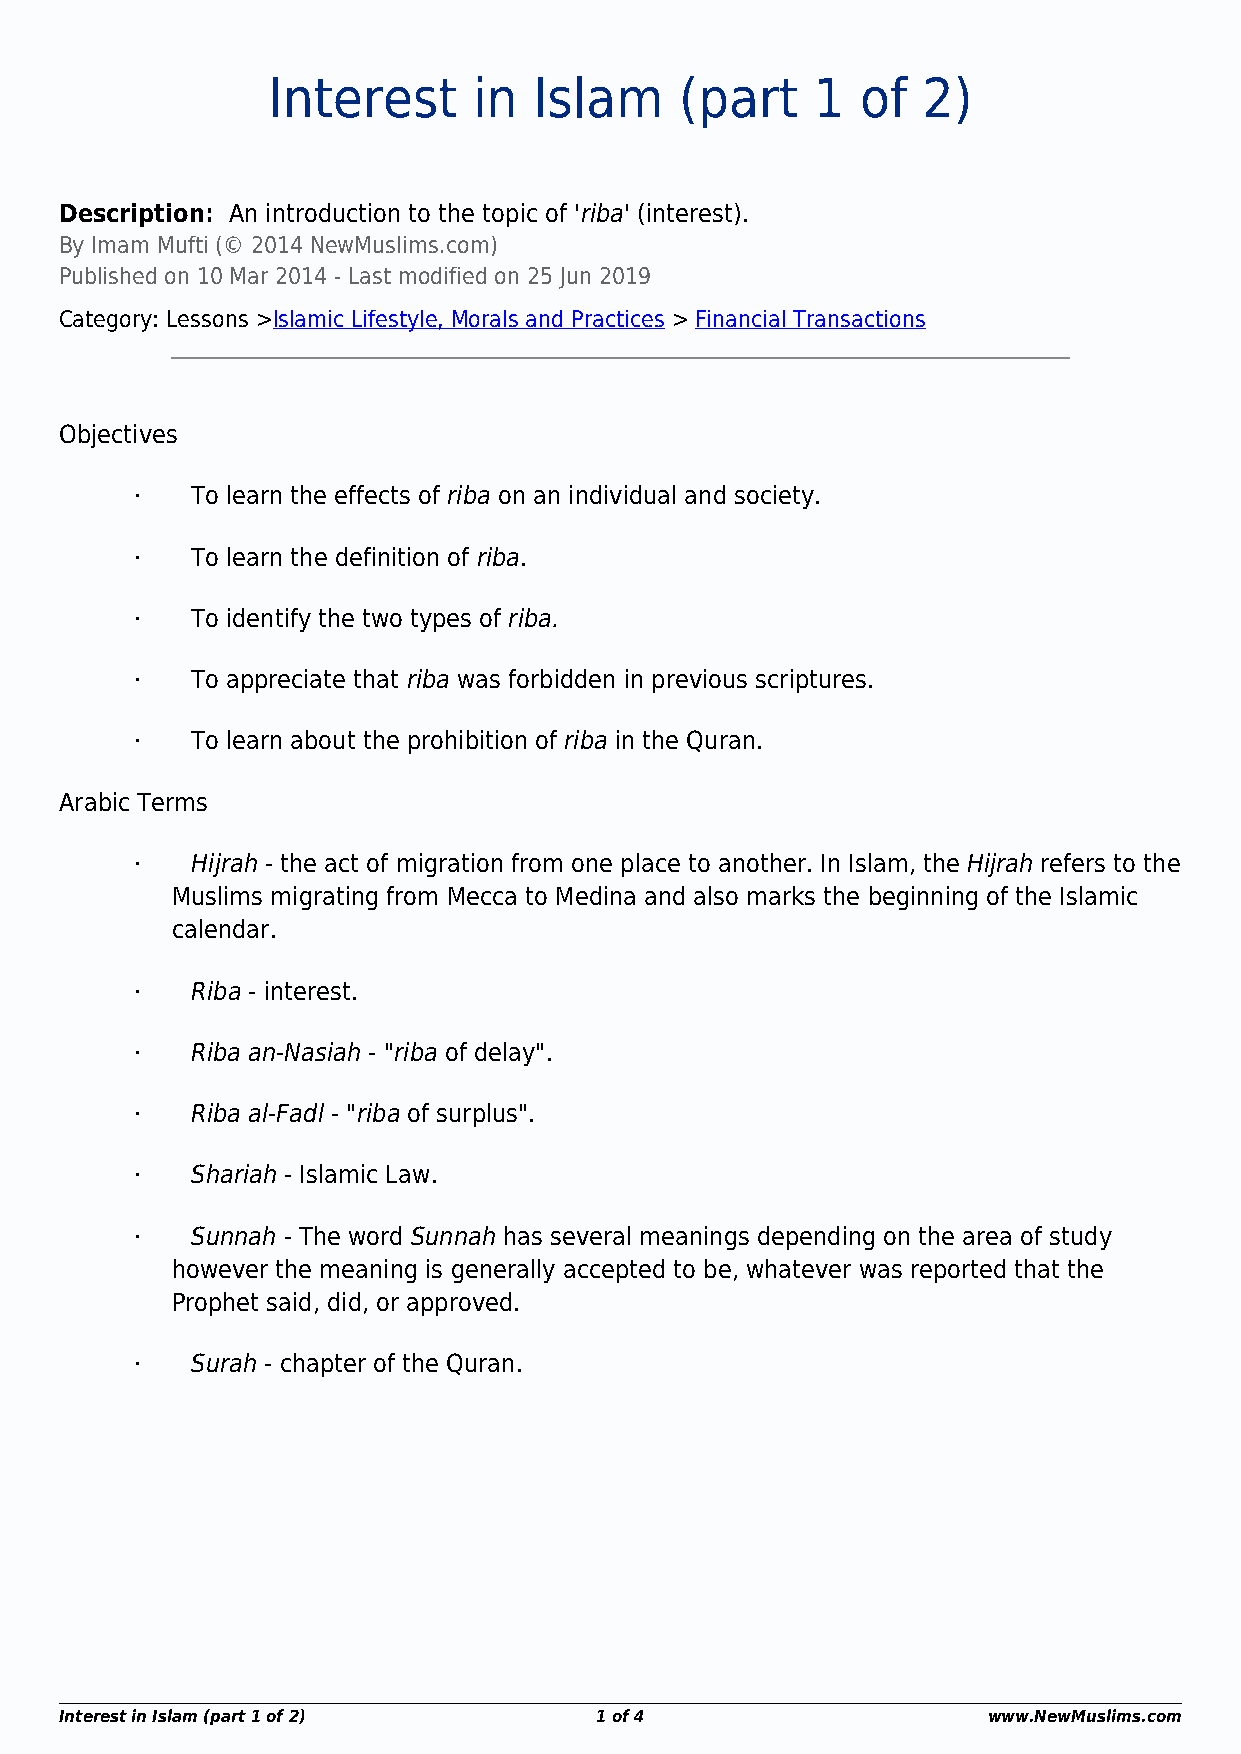
Interest     in  Islam     (part    1  of  2)
 Description: An introduction to the topic of 'riba' (interest).
 By Imam Mufti (© 2014 NewMuslims.com)
 Published on 10 Mar 2014 - Last modified on 25 Jun 2019
 Category: Lessons >Islamic Lifestyle, Morals and Practices > Financial Transactions
 Objectives
 ·   To learn the effects of riba on an individual and society.
 ·   To learn the definition of riba.
 ·   To identify the two types of riba.
 ·   To appreciate that riba was forbidden in previous scriptures.
 ·   To learn about the prohibition of riba in the Quran.
 Arabic Terms
 ·   Hijrah - the act of migration from one place to another. In Islam, the Hijrah refers to the
 Muslims migrating from Mecca to Medina and also marks the beginning of the Islamic
 calendar.
 ·   Riba - interest.
 ·   Riba an-Nasiah - "riba of delay".
 ·   Riba al-Fadl - "riba of surplus".
 ·   Shariah - Islamic Law.
 ·   Sunnah - The word Sunnah has several meanings depending on the area of study
 however the meaning is generally accepted to be, whatever was reported that the
 Prophet said, did, or approved.
 ·   Surah - chapter of the Quran.
 Interest in Islam (part 1 of 2)    1 of 4                    www.NewMuslims.com